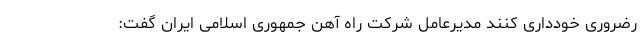
رضروری خودداری کنند مدیرعامل شرکت راه آهن جمهوری اسلامی ایران گفت: